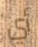
أي